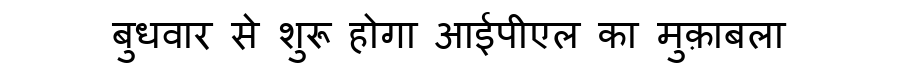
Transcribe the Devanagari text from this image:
बुधवार से शुरू होगा आईपीएल का मुक़ाबला